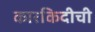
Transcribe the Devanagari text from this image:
कारकिदीची